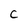
Character: C